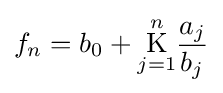
{f}_{n}={b}_{0}+{\underset {j=1}{\overset {n}{\operatorname {K} }}}{\frac {{a}_{j}}{{b}_{j}}}